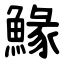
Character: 䱲